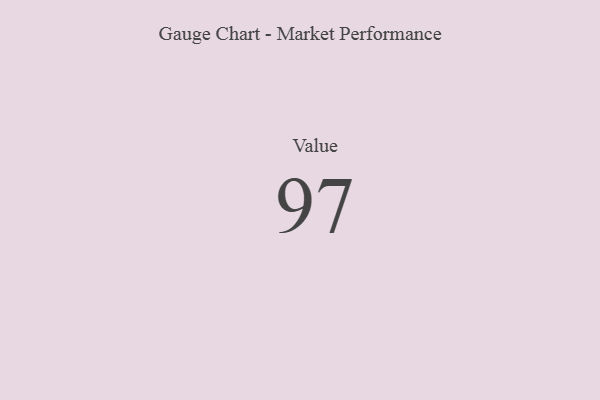
{"axis": {"x": "Metric", "y": "Value"}, "legend": [""], "data": [{"x": "Value", "y": 97, "type": ""}]}